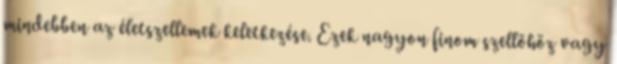
mindebben az életszellemek keletkezése. Ezek nagyon finom szellőhöz vagy